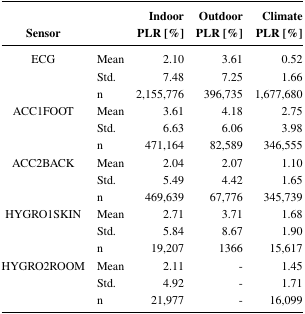
<table><thead><tr><td><b>Sensor</b></td><td></td><td><b>IndoorPLR [%]</b></td><td><b>OutdoorPLR [%]</b></td><td><b>ClimatePLR [%]</b></td></tr></thead><tbody><tr><td rowspan="3">ECG</td><td>Mean</td><td>2.10</td><td>3.61</td><td>0.52</td></tr><tr><td>Std.</td><td>7.48</td><td>7.25</td><td>1.66</td></tr><tr><td>n</td><td>2,155,776</td><td>396,735</td><td>1,677,680</td></tr><tr><td rowspan="3">ACC1FOOT</td><td>Mean</td><td>3.61</td><td>4.18</td><td>2.75</td></tr><tr><td>Std.</td><td>6.63</td><td>6.06</td><td>3.98</td></tr><tr><td>n</td><td>471,164</td><td>82,589</td><td>346,555</td></tr><tr><td rowspan="3">ACC2BACK</td><td>Mean</td><td>2.04</td><td>2.07</td><td>1.10</td></tr><tr><td>Std.</td><td>5.49</td><td>4.42</td><td>1.65</td></tr><tr><td>n</td><td>469,639</td><td>67,776</td><td>345,739</td></tr><tr><td rowspan="3">HYGRO1SKIN</td><td>Mean</td><td>2.71</td><td>3.71</td><td>1.68</td></tr><tr><td>Std.</td><td>5.84</td><td>8.67</td><td>1.90</td></tr><tr><td>n</td><td>19,207</td><td>1366</td><td>15,617</td></tr><tr><td rowspan="3">HYGRO2ROOM</td><td>Mean</td><td>2.11</td><td><b>-</b></td><td>1.45</td></tr><tr><td>Std.</td><td>4.92</td><td><b>-</b></td><td>1.71</td></tr><tr><td>n</td><td>21,977</td><td><b>-</b></td><td>16,099</td></tr></tbody></table>